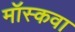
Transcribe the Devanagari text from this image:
मॉस्कवा